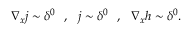
\nabla _ { \boldsymbol { x } } \boldsymbol { j } \sim \delta ^ { 0 } \ \ , \ \ \boldsymbol { j } \sim \delta ^ { 0 } \ \ , \ \ \nabla _ { \boldsymbol { x } } h \sim \delta ^ { 0 } .